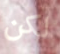
لكن